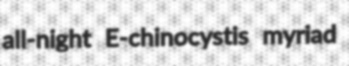
all-night E-chinocystis myriad